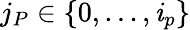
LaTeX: j_{P}\in\{ 0,...,\mathit{i}_{p}\}